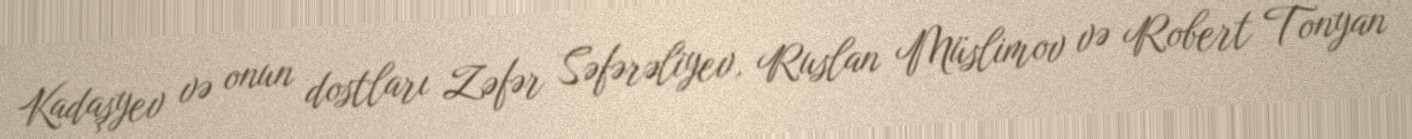
Kadaşyev və onun dostları Zəfər Səfərəliyev, Ruslan Müslimov və Robert Tonyan